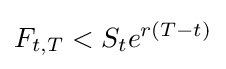
F_{t,T}<S_{t}e^{r(T-t)}